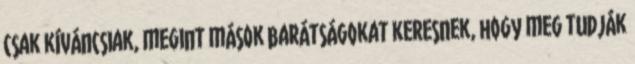
csak kíváncsiak, megint mások barátságokat keresnek, hogy meg tudják